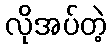
လိုအပ်တဲ့